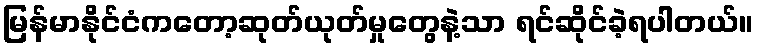
မြန်မာနိုင်ငံကတော့ဆုတ်ယုတ်မှုတွေနဲ့သာ ရင်ဆိုင်ခဲ့ရပါတယ်။